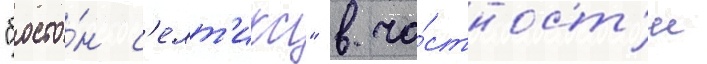
"босто́н с'елт'икс" в ча́стност'и